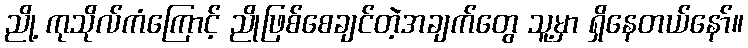
ညို့ ကုသိုလ်ကံကြောင့် ညိုဖြစ်စေချင်တဲ့အချက်တွေ သူ့မှာ ရှိနေတယ်နော်။